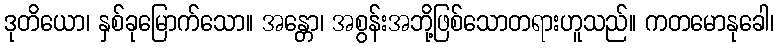
ဒုတိယော၊ နှစ်ခုမြောက်သော။ အန္တော၊ အစွန်းအဘို့ဖြစ်သောတရားဟူသည်။ ကတမောနုခေါ၊